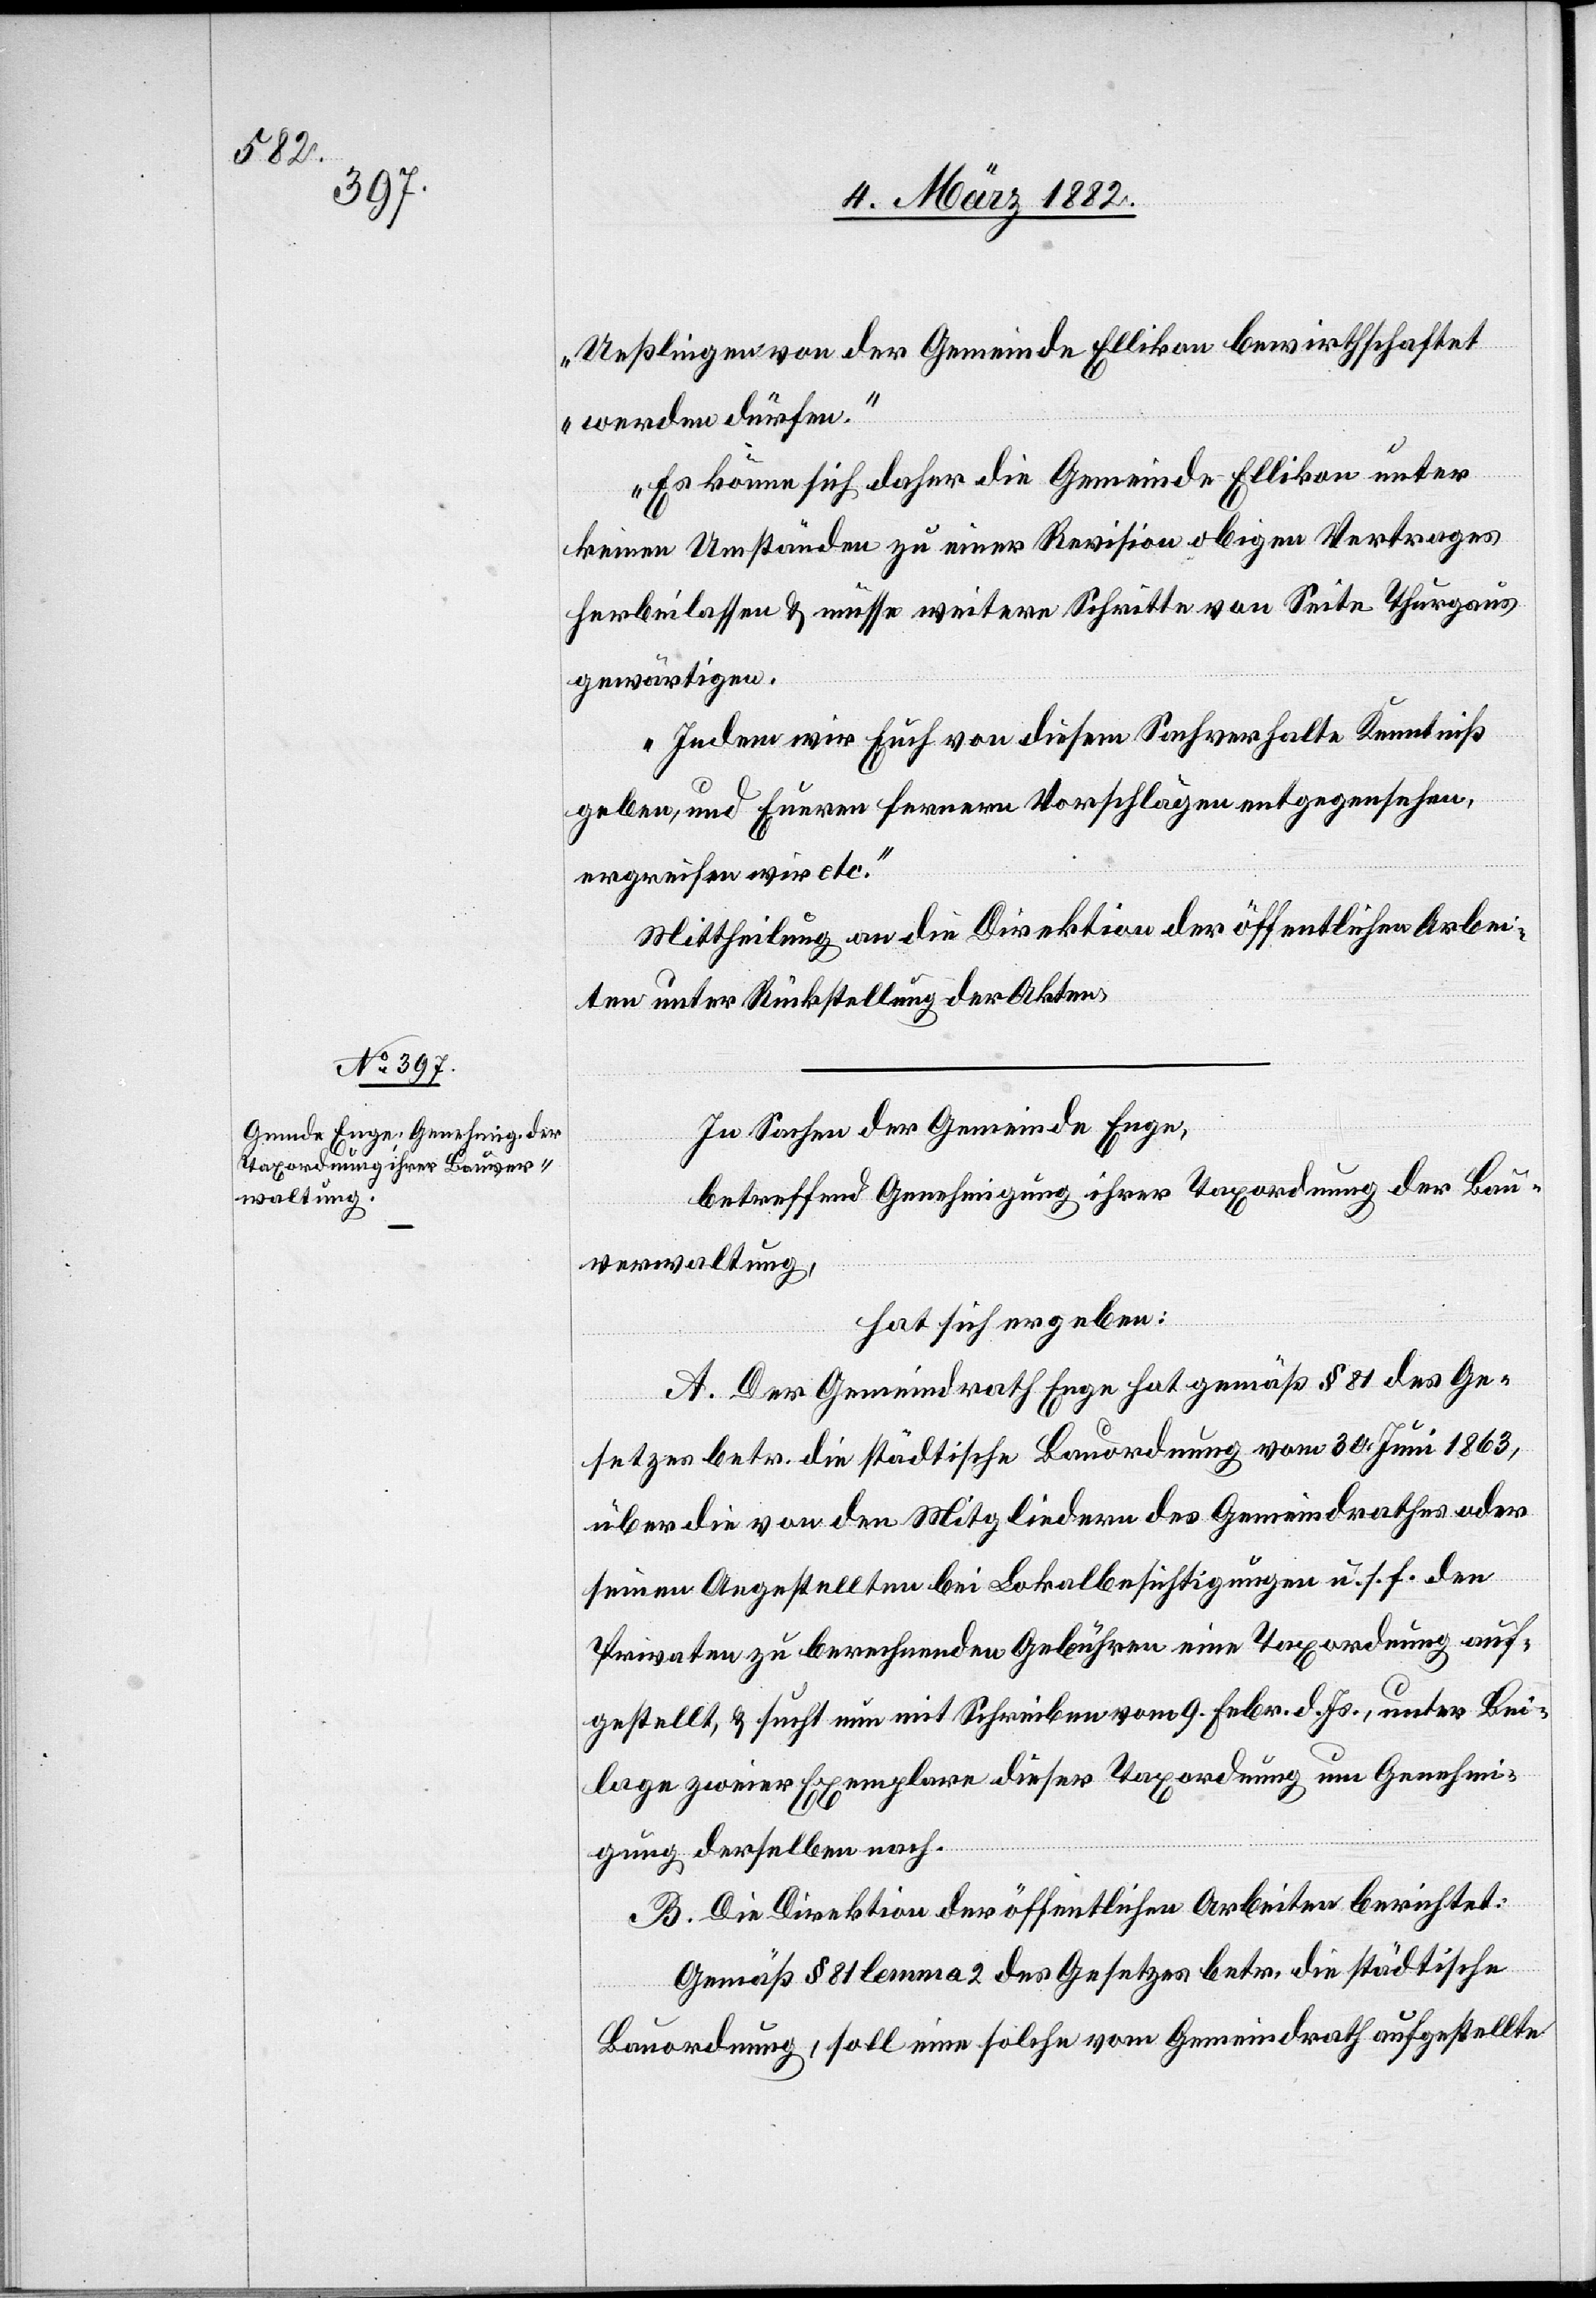
Ueßlingen von der Gemeinde Ellikon bewirthschaftet
werden dürfen.“
Es könne sich daher die Gemeinde Ellikon unter
keinen Umständen zu einer Revision obigen Vertrages
herbeilassen & müsse weitere Schritte von Seite Thurgaus
gewärtigen.
Indem wir Euch von diesem Sachverhalte Kenntniß
geben, und Euren ferneren Vorschlägen entgegensehen,
ergreifen wir etc.“
Mittheilung an die Direktion der öffentlichen Arbei¬
ten unter Rückstellung der Akten.
In Sachen der Gemeinde Enge,
betreffend Genehmigung ihrer Taxordnung der Bau¬
verwaltung,
hat sich ergeben:
A. Der Gemeinderat Enge hat gemäß § 81 des Ge¬
setzes betr. die städtische Bauordnung vom 30. Juni 1863,
über die von den Mitgliedern des Gemeindrathes oder
seinen Angestellten bei Lokalbesichtigungen u. s. f. den
Privaten zu berechnenden Gebühren eine Taxordnung auf¬
gestellt, & sucht nun mit Schreiben vom 9. Febr. d. Js., unter Bei¬
lage zweier Exemplare dieser Taxordnung um Genehmi¬
gung derselben nach.
B. Die Direktion der öffentlichen Arbeiten berichtet:
Gemäß § 81 lemma 2 des Gesetzes betr. die städtische
Bauordnung, soll eine solche vom Gemeindrath aufgestellte